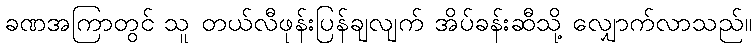
ခဏအကြာတွင် သူ တယ်လီဖုန်းပြန်ချလျက် အိပ်ခန်းဆီသို့ လျှောက်လာသည်။